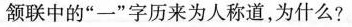
颔联中的”一”字历来为人称道，为什么？